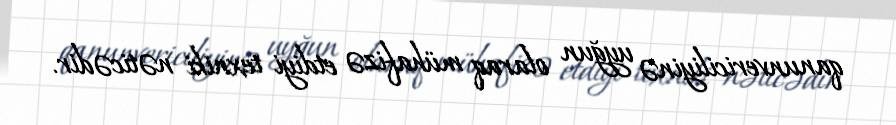
qanunvericiliyinə uyğun olaraq mühafizə etdiyi texniki nəticədir.